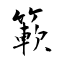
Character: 簐